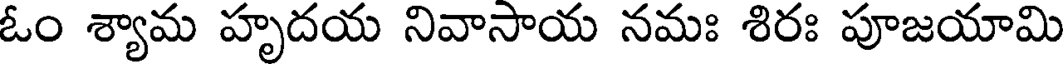
ఓం శ్యామ హృదయ నివాసాయ నమః శిరః పూజయామి